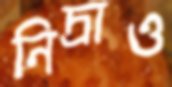
নিদ্রাও